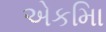
એકમાિ